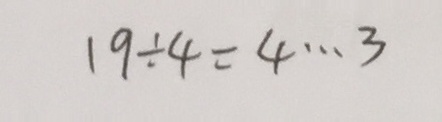
1 9 \div 4 = 4 \cdots 3